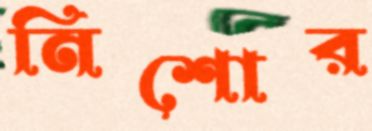
নিশোর